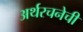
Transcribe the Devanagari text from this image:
अर्थरचनेची